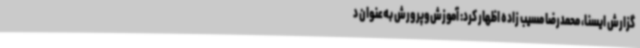
گزارش ایسنا، محمدرضا مسیب زاده اظهار کرد: آموزش‌وپرورش به‌عنوان د